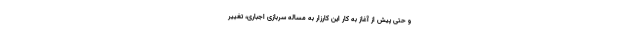
و حتی پیش از آغاز به کار این کارزار به مساله سربازی اجباری، تغییر